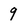
Character: 9